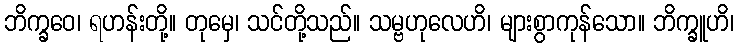
ဘိက္ခဝေ၊ ရဟန်းတို့။ တုမှေ၊ သင်တို့သည်။ သမ္ဗဟုလေဟိ၊ များစွာကုန်သော။ ဘိက္ခူဟိ၊